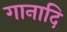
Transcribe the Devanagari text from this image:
गानादि